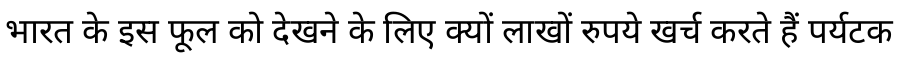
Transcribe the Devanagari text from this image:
भारत के इस फूल को देखने के लिए क्यों लाखों रुपये खर्च करते हैं पर्यटक